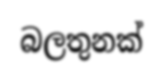
බලතුනක්